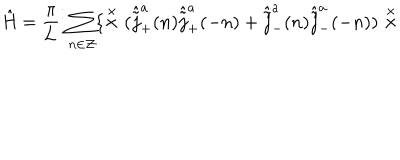
LaTeX: \hat { \mathrm { H } } = \frac { \pi } { \pi } { L } \vdots \sum _ { n \in \cal Z } \{ \stackrel { \times } { \times } ( \hat { \tilde { j } } _ { + } ^ { a } ( n ) \hat { \tilde { j } } _ { + } ^ { a } ( - n ) + \hat { \tilde { j } } _ { - } ^ { a } ( n ) \hat { \tilde { j } } _ { - } ^ { a } ( - n ) ) \stackrel { \times } { \times }